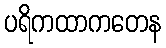
ပရိကထာကတေန